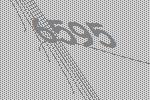
6595